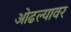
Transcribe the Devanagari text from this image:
ओढल्यावर